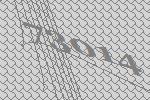
73014